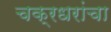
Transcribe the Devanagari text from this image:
चक्रधरांचा